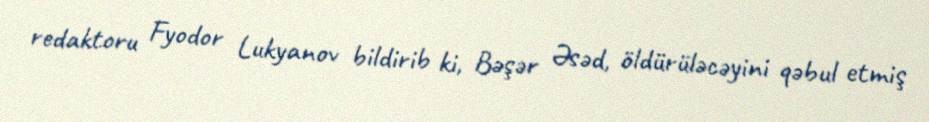
redaktoru Fyodor Lukyanov bildirib ki, Bəşər Əsəd, öldürüləcəyini qəbul etmiş